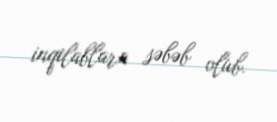
inqilablara səbəb olub.